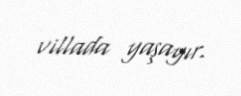
villada yaşayır.